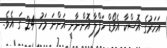
އަހަރުގެ އޮސްކާ އެވޯޑް ހަފްލާ އޮންނާނީ އަންނަ މަހު 24 ގަ އެވެ.